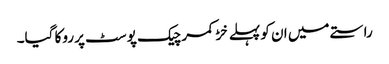
راستے میں ان کو پہلے خڑ کمر چیک پوسٹ پر روکا گیا۔